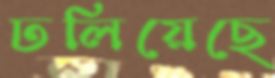
ঢলিয়েছে